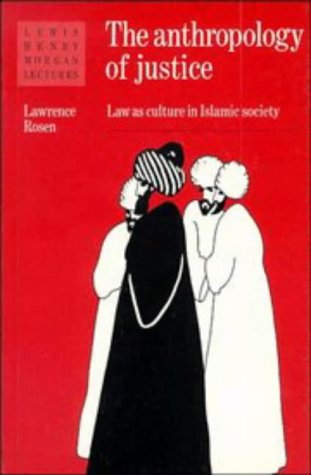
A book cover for The Anthropology of Justice: Law as Culture in Islamic Society (Lewis Henry Morgan Lectures); Lawrence Rosen; Religion & Spirituality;